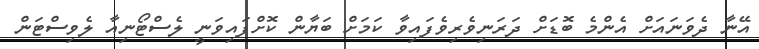
އޭނާ ދެވަނައަށް އެންމެ ބޮޑަށް ދަރަނިވެރިވެފައިވާ ކަމަށް ބަޔާން ކޮށްފައިވަނީ ލެސްޓޯނިއާ ލެވިސްޓަން